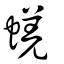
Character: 蜣